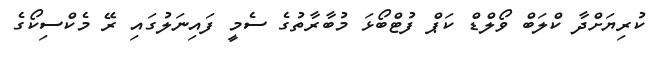
ކުރިޔަށްދާ ކްލަބް ވޯލްޑް ކަޕް ފުޓްބޯޅަ މުބާރާތުގެ ސެމީ ފައިނަލުގައި ރޭ މެކްސިކޯގެ